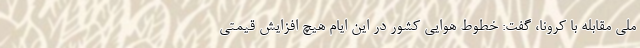
ملی مقابله با کرونا، گفت: خطوط هوایی کشور در این ایام هیچ افزایش قیمتی